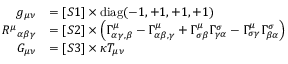
{ \begin{array} { r l } { g _ { \mu \nu } } & { = [ S 1 ] \times \operatorname { d i a g } ( - 1 , + 1 , + 1 , + 1 ) } \\ { { R ^ { \mu } } _ { \alpha \beta \gamma } } & { = [ S 2 ] \times \left( \Gamma _ { \alpha \gamma , \beta } ^ { \mu } - \Gamma _ { \alpha \beta , \gamma } ^ { \mu } + \Gamma _ { \sigma \beta } ^ { \mu } \Gamma _ { \gamma \alpha } ^ { \sigma } - \Gamma _ { \sigma \gamma } ^ { \mu } \Gamma _ { \beta \alpha } ^ { \sigma } \right) } \\ { G _ { \mu \nu } } & { = [ S 3 ] \times \kappa T _ { \mu \nu } } \end{array} }